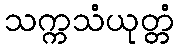
သက္ကသံယုတ္တံ